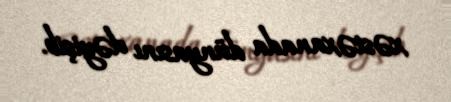
xəstəxanada dünyasını dəyişib.